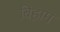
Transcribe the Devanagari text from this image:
बिहाम